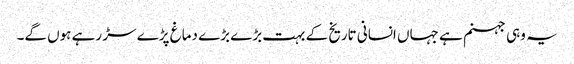
یہ وہی جہنم ہے جہاں انسانی تاریخ کے بہت بڑے بڑے دماغ پڑے سڑ رہے ہوں گے۔